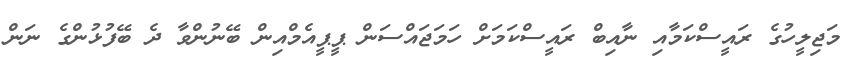
މަޖިލީހުގެ ރައީސްކަމާއި ނާއިބް ރައީސްކަމަށް ހަމަޖައްސަން ޕީޕީއެމްއިން ބޭނުންވާ ދެ ބޭފުޅުންގެ ނަން